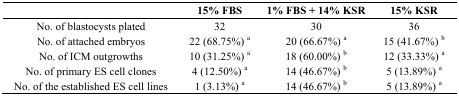
|  | 15% FBS | 1% FBS + 14% KSR | 15% KSR |
 | --- | --- | --- | --- |
 | No. of blastocysts plated | 32 | 30 | 36 |
 | No. of attached embryos | 22 (68.75%) a | 20 (66.67%) a | 15 (41.67%) b |
 | No. of ICM outgrowths | 10 (31.25%) a | 18 (60.00%) b | 12 (33.33%) a |
 | No. of primary ES cell clones | 4 (12.50%) a | 14 (46.67%) b | 5 (13.89%) a |
 | No. of the established ES cell lines | 1 (3.13%) a | 14 (46.67%) b | 5 (13.89%) a |